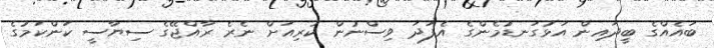
ބައެއްގެ ބީދައިން އަޅުގަނޑުމެންގެ އެފަދަ ވިސްނުން ކުރިއަށް ނެރެ ރާއްޖޭގެ ސިޔާސީ ކަންކަމުގެ